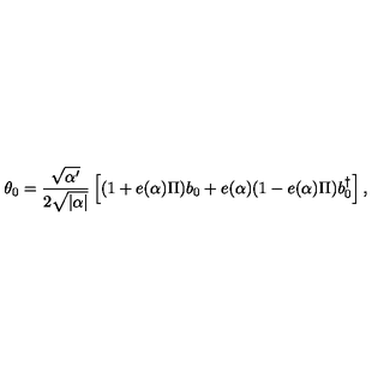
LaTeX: \theta _ { 0 } = \frac { \sqrt { \alpha ^ { \prime } } } { 2 \sqrt { | \alpha | } } \left[ ( 1 + e ( \alpha ) \Pi ) b _ { 0 } + e ( \alpha ) ( 1 - e ( \alpha ) \Pi ) b _ { 0 } ^ { \dagger } \right] ,